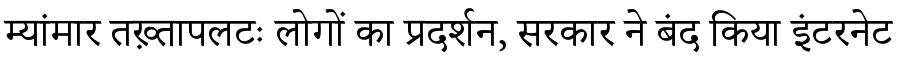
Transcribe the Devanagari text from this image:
म्यांमार तख़्तापलटः लोगों का प्रदर्शन, सरकार ने बंद किया इंटरनेट